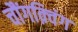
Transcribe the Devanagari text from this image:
चौंगक़्विंग